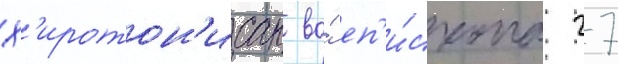
Х'иротон'исан во́ еп'и́скопа 27